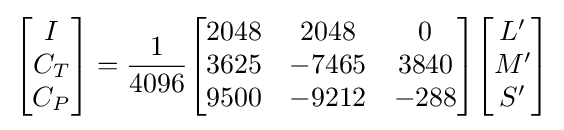
{\begin{bmatrix}I\\C_{T}\\C_{P}\end{bmatrix}}={\frac {1}{4096}}{\begin{bmatrix}2048&2048&0\\3625&-7465&3840\\9500&-9212&-288\end{bmatrix}}{\begin{bmatrix}L'\\M'\\S'\end{bmatrix}}